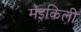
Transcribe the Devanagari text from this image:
मेइकिली